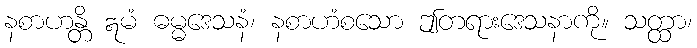
နစာဟန္တိ ဣမံ ဓမ္မဒေသနံ၊ နစာဟံစသော ဤတရားဒေသနာကို။ သတ္ထာ၊